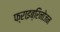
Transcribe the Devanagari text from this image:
फ्राइब्रिनोजन